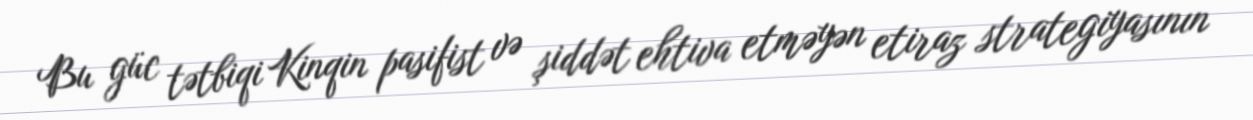
Bu güc tətbiqi Kinqin pasifist və şiddət ehtiva etməyən etiraz strategiyasının